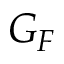
G _ { F }